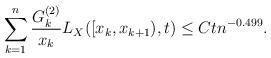
LaTeX: \begin{align*}\sum_{k=1}^n \frac{ G^{(2)}_k}{ x_k} L_X([x_{k},x_{k+1}),t) \leq C tn^{-0.499}.\end{align*}